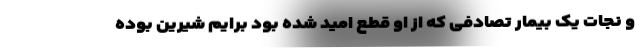
و نجات یک بیمار تصادفی که از او قطع امید شده بود برایم شیرین بوده